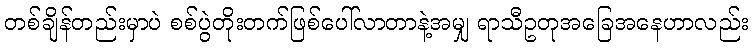
တစ်ချိန်တည်းမှာပဲ စစ်ပွဲတိုးတက်ဖြစ်ပေါ်လာတာနဲ့အမျှ ရာသီဥတုအခြေအနေဟာလည်း